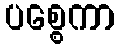
ပစ္စေကာ